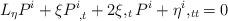
LaTeX: \begin{align*}L_{\eta}P^{i}+\xi P_{~,t}^{i}+2\xi,_{t}P^{i}+\eta^{i},_{tt}=0 \end{align*}